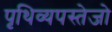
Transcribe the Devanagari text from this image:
पृथिव्यपस्तेजो